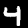
Digit: 4